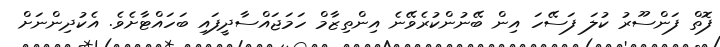
ފޮތް ފަންސޫރު ކުލަ ފަސޭހަ އިން ބޭނުންކުރެވޭނެ އިންތިޒާމް ހަމަޖައްސާދީފައި ބަހައްޓާށެވެ. އެކުދިންނަށް